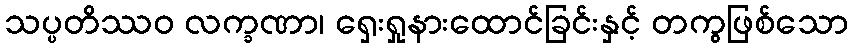
သပ္ပတိဿဝ လက္ခဏာ၊ ရှေးရှုနားထောင်ခြင်းနှင့် တကွဖြစ်သော